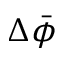
\Delta \bar { \phi }